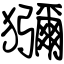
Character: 獼